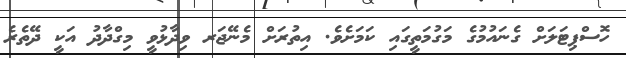
ހޮސްޕިޓަލަށް ގެނައުމުގެ މަގުމަތީގައި ކަމަށެވެ. އިތުރަށް މެނޭޖަރ ވިދާޅުވީ މިގްދާދު އަކީ ދޭތެރެ